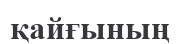
қайғының